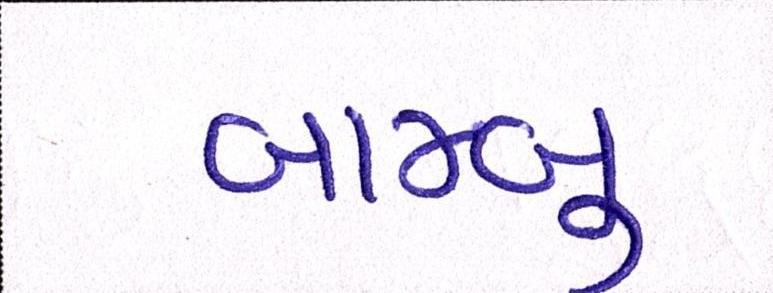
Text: બામ્બુ